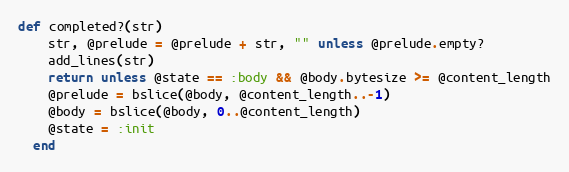
Language: Ruby
def completed?(str)
    str, @prelude = @prelude + str, "" unless @prelude.empty?
    add_lines(str)
    return unless @state == :body && @body.bytesize >= @content_length
    @prelude = bslice(@body, @content_length..-1)
    @body = bslice(@body, 0..@content_length)
    @state = :init
  end